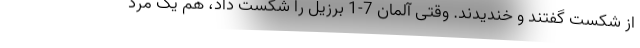
از شکست گفتند و خندیدند. وقتی آلمان 7-1 برزیل را شکست داد، هم یک مرد